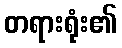
တရားရုံး၏